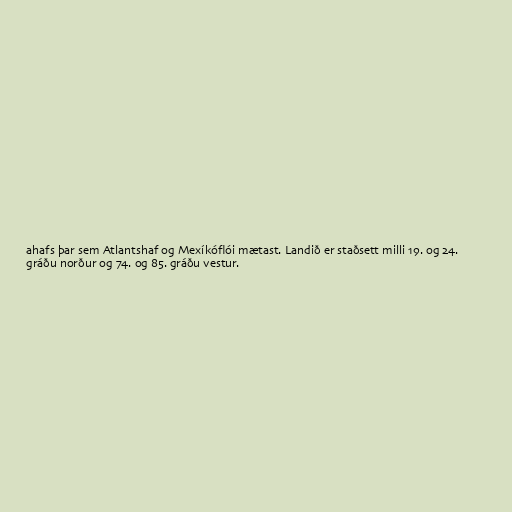
ahafs þar sem Atlantshaf og Mexíkóflói mætast. Landið er staðsett milli 19. og 24.
gráðu norður og 74. og 85. gráðu vestur.